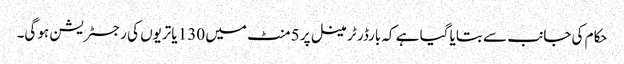
حکام کی جانب سے بتایا گیا ہے کہ بارڈر ٹرمینل پر 5 منٹ میں 130 یاتریوں کی رجسٹریشن ہو گی۔